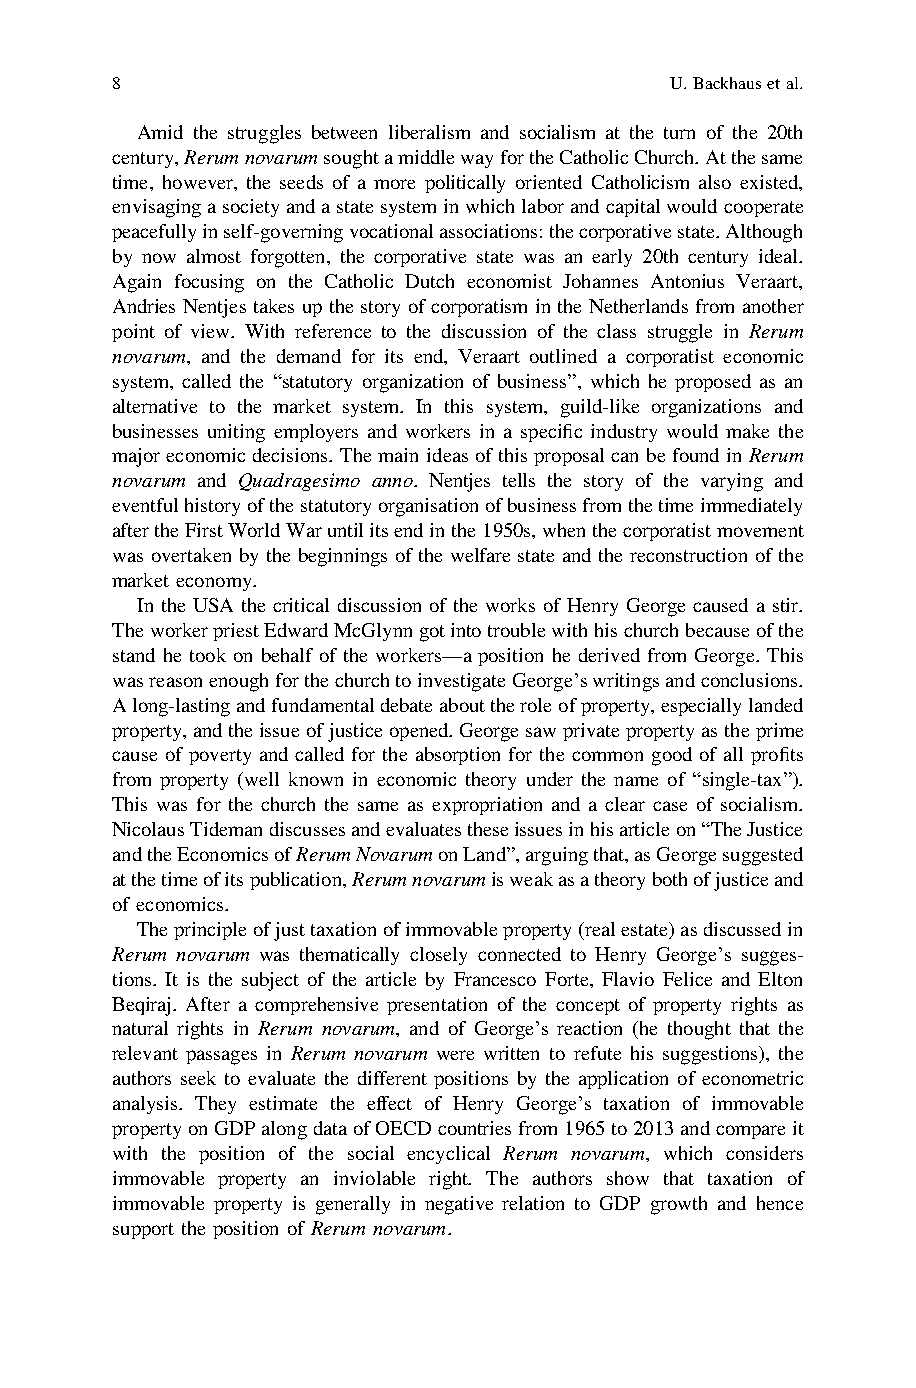
8                                    U.Backhausetal.
 Amid the struggles between liberalism and socialism at the turn of the 20th
 century,RerumnovarumsoughtamiddlewayfortheCatholicChurch.Atthesame
 time, however, the seeds of a more politically oriented Catholicism also existed,
 envisagingasocietyandastatesysteminwhichlaborandcapitalwouldcooperate
 peacefullyinself-governingvocationalassociations:thecorporativestate.Although
 by now almost forgotten, the corporative state was an early 20th century ideal.
 Again focusing on the Catholic Dutch economist Johannes Antonius Veraart,
 Andries Nentjes takes up the story of corporatism in the Netherlands from another
 point of view. With reference to the discussion of the class struggle in Rerum
 novarum, and the demand for its end, Veraart outlined a corporatist economic
 system, called the “statutory organization of business”, which he proposed as an
 alternative to the market system. In this system, guild-like organizations and
 businesses uniting employers and workers in a specific industry would make the
 major economicdecisions. The main ideas ofthisproposalcan befound inRerum
 novarum and Quadragesimo anno. Nentjes tells the story of the varying and
 eventfulhistoryofthestatutoryorganisationofbusinessfromthetimeimmediately
 aftertheFirstWorldWaruntilitsendinthe1950s,whenthecorporatistmovement
 was overtaken by the beginnings of the welfare state and the reconstruction of the
 market economy.
 In the USA the critical discussion of the works of Henry George caused a stir.
 TheworkerpriestEdwardMcGlynngotintotroublewithhischurchbecauseofthe
 stand he took on behalf of the workers—a position he derived from George. This
 wasreasonenoughforthechurchtoinvestigateGeorge’swritingsandconclusions.
 Along-lastingandfundamentaldebateabouttheroleofproperty,especiallylanded
 property,andtheissueofjusticeopened.Georgesawprivatepropertyastheprime
 cause of poverty and called for the absorption for the common good of all profits
 from property (well known in economic theory under the name of “single-tax”).
 This was for the church the same as expropriation and a clear case of socialism.
 NicolausTidemandiscussesandevaluatestheseissuesinhisarticleon“TheJustice
 andtheEconomicsofRerumNovarumonLand”,arguingthat,asGeorgesuggested
 atthetimeofitspublication,Rerumnovarumisweakasatheorybothofjusticeand
 of economics.
 Theprincipleofjusttaxationofimmovableproperty(realestate)asdiscussedin
 Rerum novarum was thematically closely connected to Henry George’s sugges-
 tions. It is the subject of the article by Francesco Forte, Flavio Felice and Elton
 Beqiraj. After a comprehensive presentation of the concept of property rights as
 natural rights in Rerum novarum, and of George’s reaction (he thought that the
 relevant passages in Rerum novarum were written to refute his suggestions), the
 authors seek to evaluate the different positions by the application of econometric
 analysis. They estimate the effect of Henry George’s taxation of immovable
 propertyonGDPalongdataofOECDcountriesfrom1965to2013andcompareit
 with the position of the social encyclical Rerum novarum, which considers
 immovable property an inviolable right. The authors show that taxation of
 immovable property is generally in negative relation to GDP growth and hence
 support the position of Rerum novarum.